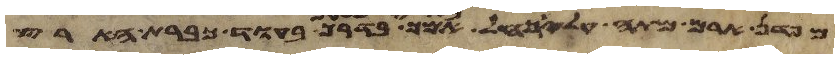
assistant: מפדן ארם מתה עלי רחל אמך בארץ כנען בדרך בעוד כברת הארץ